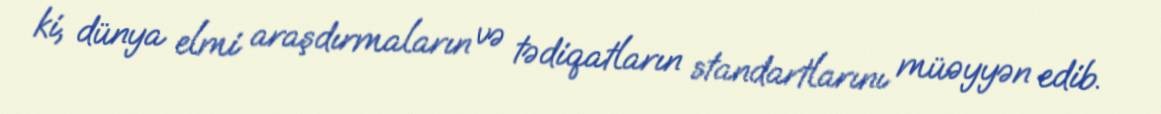
ki, dünya elmi araşdırmaların və tədiqatların standartlarını müəyyən edib.